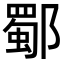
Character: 𨞕